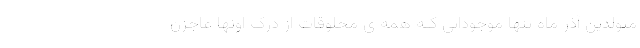
متولدین آذر ماه تنها موجوداتی کـه همه ی مخلوقات از درک اونها عاجزن